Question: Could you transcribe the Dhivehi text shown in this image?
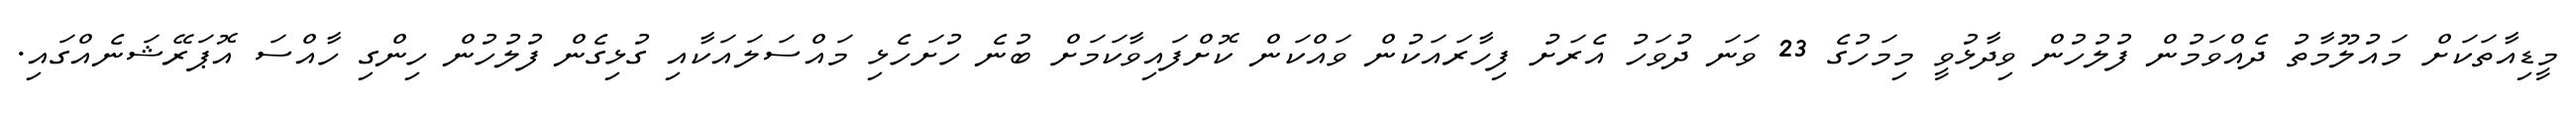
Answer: މީޑިއާތަކަށް މައުލޫމާތު ދެއްވަމުން ފުލުހުން ވިދާޅުވީ މިމަހުގެ 23 ވަނަ ދުވަހު އެރަށު ފިހާރައަކުން ވައްކަން ކޮށްފައިވާކަމަށް ބުނެ ހުށަހެޅި މައްސަލައަކާއި ގުޅިގެން ފުލުހުން ހިންގި ހާއްސަ އޮޕަރޭޝަނެއްގައި.